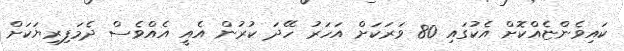
ކައިވެންޏެއްކޮށް އެކުގައި 80 ވަަރަކަށް އަހަރު ހޭދަ ކުރުން އެއީ އެއްވެސް ދެމަފިރިޔަކަށް